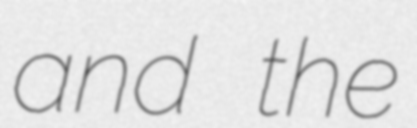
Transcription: and the